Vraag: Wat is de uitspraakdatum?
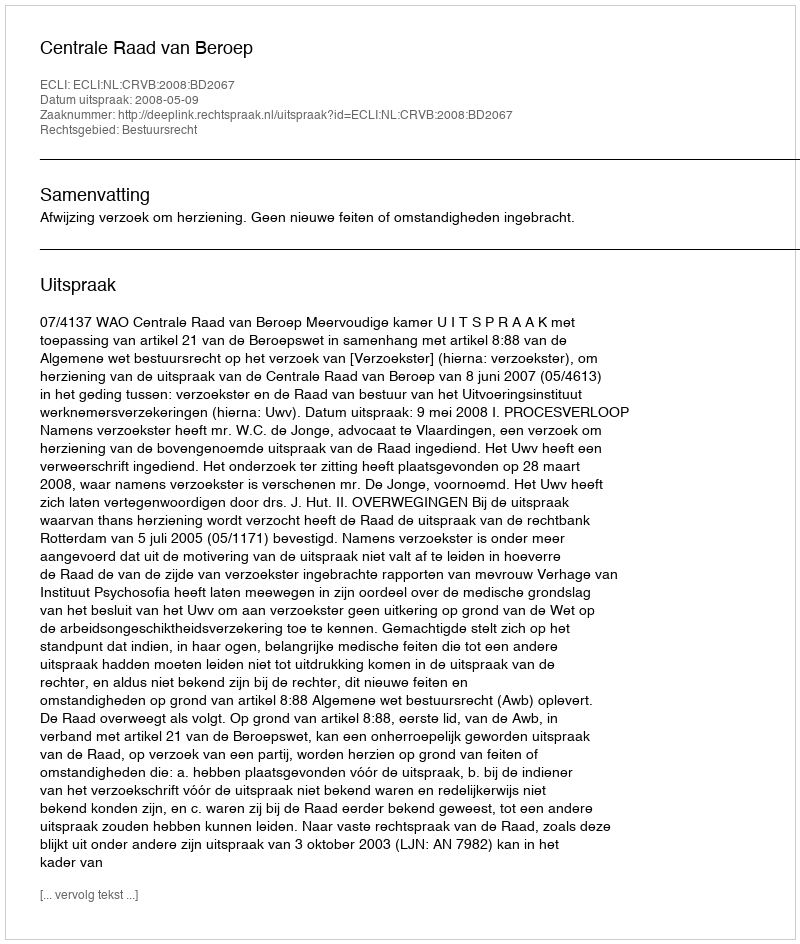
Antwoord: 2008-05-09